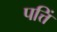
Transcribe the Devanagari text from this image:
पत्तिं